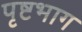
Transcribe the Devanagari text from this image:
पृष्टभाग